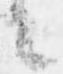
々